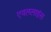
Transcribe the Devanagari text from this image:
एयललाइंस